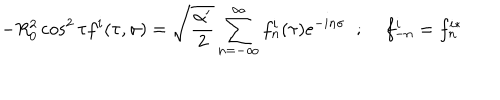
- R _ { 0 } ^ { 2 } \cos ^ { 2 } \tau f ^ { i } ( \tau , \sigma ) = \sqrt { \frac { \alpha ^ { \prime } } { 2 } } \sum _ { n = - \infty } ^ { \infty } f _ { n } ^ { i } ( \tau ) e ^ { - i n \sigma } \; \; ; \; f _ { - n } ^ { i } = f _ { n } ^ { i * }